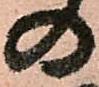
の